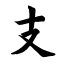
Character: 支